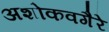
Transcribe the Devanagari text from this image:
अशोकवगैरे